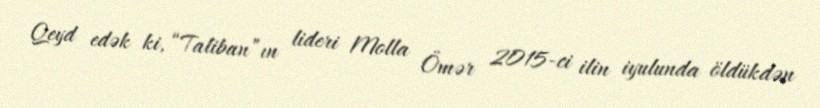
Qeyd edək ki, “Taliban”ın lideri Molla Ömər 2015-ci ilin iyulunda öldükdən